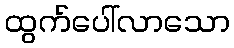
ထွက်ပေါ်လာသော